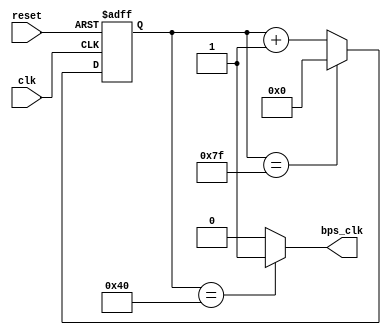
module rx_bps_module(clk,reset,bps_clk);
input clk;
input reset;
output bps_clk/*synthesis keep*/;

//frequency=2.4576MHz/(2*counter)
//2.4576MHz/9600=256
//so here,counter=256/2=128.
//since counter starts from 0, so here is 128-1=127.
reg[7:0] counter;
always@(posedge clk or posedge reset)
begin
	if(reset)
		counter<=8'd0;
	else if(counter==8'd127)
		counter<=8'd0;
	else 
		counter<=counter+1'b1;
end

//get the center position,128/2=64.
assign bps_clk=(counter==8'd64)?1'b1:1'b0;
endmodule